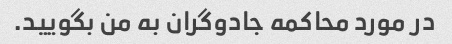
در مورد محاکمه جادوگران به من بگویید.